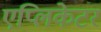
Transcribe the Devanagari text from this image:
एप्लिकेटर